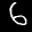
Label: 6